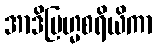
အာဒိဗြဟ္မစရိယိကာ